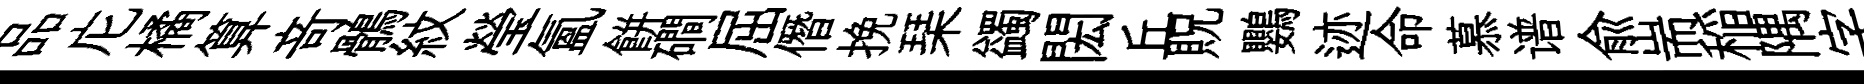
品庀橘算竒鶻紋瑩氳餅磵屈僭挽琹蠲閎丘貺鸚迹命慕谱兪耑稲隅字